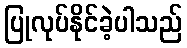
ပြုလုပ်နိုင်ခဲ့ပါသည်